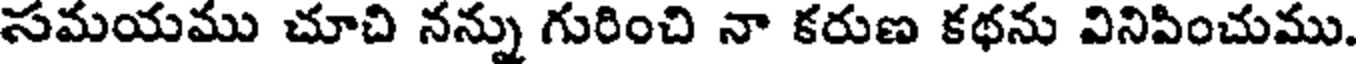
సమయము చూచి నన్ను గురించి నా కరుణ కథను వినిపించుము.